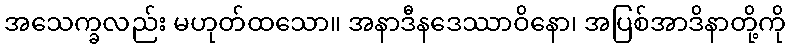
အသေက္ခလည်း မဟုတ်ထသော။ အနာဒီနဒေဿာဝိနော၊ အပြစ်အာဒိနာတို့ကို